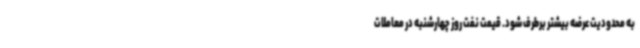
به محدودیت عرضه بیشتر برطرف شود. قیمت نفت روز چهارشنبه در معاملات